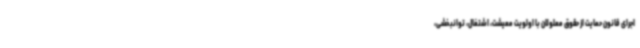
اجرای قانون حمایت از حقوق معلولان با اولویت معیشت، اشتغال، توانبخشی،